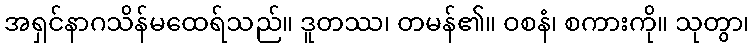
အရှင်နာဂသိန်မထေရ်သည်။ ဒူတဿ၊ တမန်၏။ ဝစနံ၊ စကားကို။ သုတွာ၊